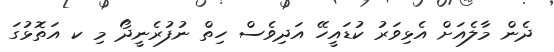
ދެން މާލެއަށް އެޅިވަރު ކުޑައީހޭ އަދިވެސް ހިތް ނުފުރެނީދޯ މި ކ އަތޮޅުގަ